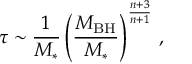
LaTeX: \tau \sim { \frac { 1 } { M _ { * } } } \left( { \frac { M _ { \mathrm { B H } } } { M _ { * } } } \right) ^ { \frac { n + 3 } { n + 1 } } \, ,